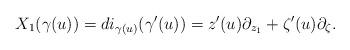
LaTeX: \begin{align*}X_1(\gamma(u))=d i_{\gamma(u)}(\gamma'(u))=z'(u)\partial_{z_1}+\zeta'(u)\partial_\zeta.\end{align*}